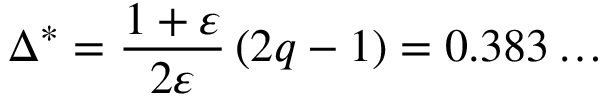
\Delta ^ { * } = \frac { 1 + \varepsilon } { 2 \varepsilon } \left( 2 q - 1 \right) = 0 . 3 8 3 \dots